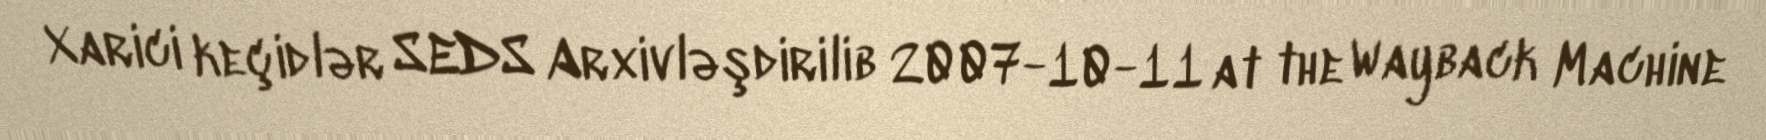
Xarici keçidlər SEDS Arxivləşdirilib 2007-10-11 at the Wayback Machine